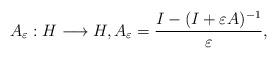
LaTeX: \begin{align*} A_{\varepsilon}: H \longrightarrow H, A_{\varepsilon} = \frac{I - (I + \varepsilon A)^{-1}}{\varepsilon},\end{align*}